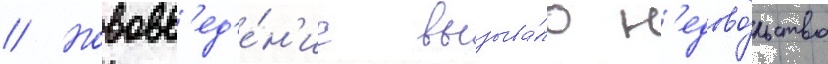
// Нововв'ед'е́н'ие вызыва́ло н'едово́льство